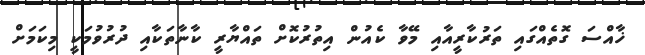
ޚާއްސަ ގޮތެއްގައި ތަރުކާރީއާއި މޭވާ ކެއުން އިތުރުކޮށް ތައްޔާރީ ކާނާތަކާއި ދުރުވުމަކީ މިކަމަށް